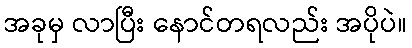
အခုမှ လာပြီး နောင်တရလည်း အပိုပဲ။